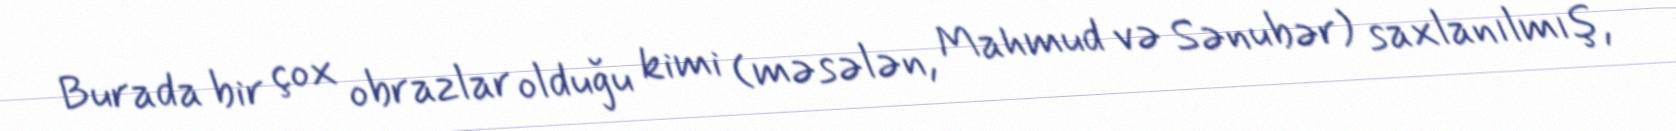
Burada bir çox obrazlar olduğu kimi (məsələn, Mahmud və Sənubər) saxlanılmış,